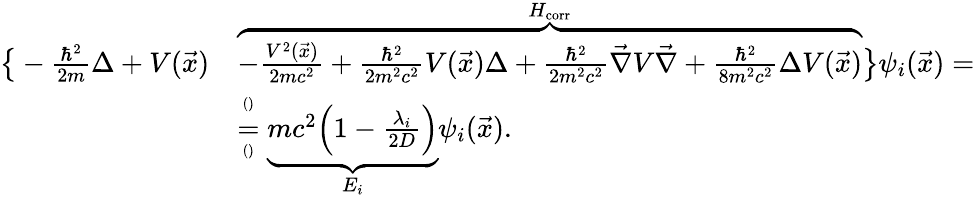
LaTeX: \begin{array}{rl}{\big\{ -\frac{\hbar^{2}}{2m}\Delta+V(\vec{x})}&{\overbrace{-\frac{V^{2}(\vec{x})}{2mc^{2}}+\frac{\hbar^{2}}{2m^{2}c^{2}}V(\vec{x})\Delta+\frac{\hbar^{2}}{2m^{2}c^{2}}\vec{\nabla}V\vec{\nabla}+\frac{\hbar^{2}}{8m^{2}c^{2}}\Delta V(\vec{x})}^{H_{\mathrm{corr}}}\big\} \psi_{i}(\vec{x})=}\\ &{\overset{^{()}}{\underset{^{()}}{=}}\underbrace{mc^{2}\Big(1-\frac{\lambda_{i}}{2D}\Big)}_{E_{i}}\psi_{i}(\vec{x}).}\end{array}